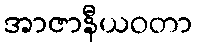
အာဇာနီယဝတာ